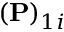
( \mathbf { P } ) _ { 1 i }